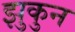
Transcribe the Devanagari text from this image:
झुकुन